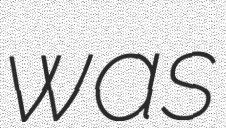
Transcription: was